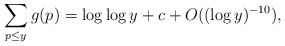
\begin{align*}\sum_{p\leq y}g(p) = \log\log y + c + O((\log y)^{-10}),\end{align*}